Indian journal of veterinary science and animal husbandry - Volume 8,
Year: 1938
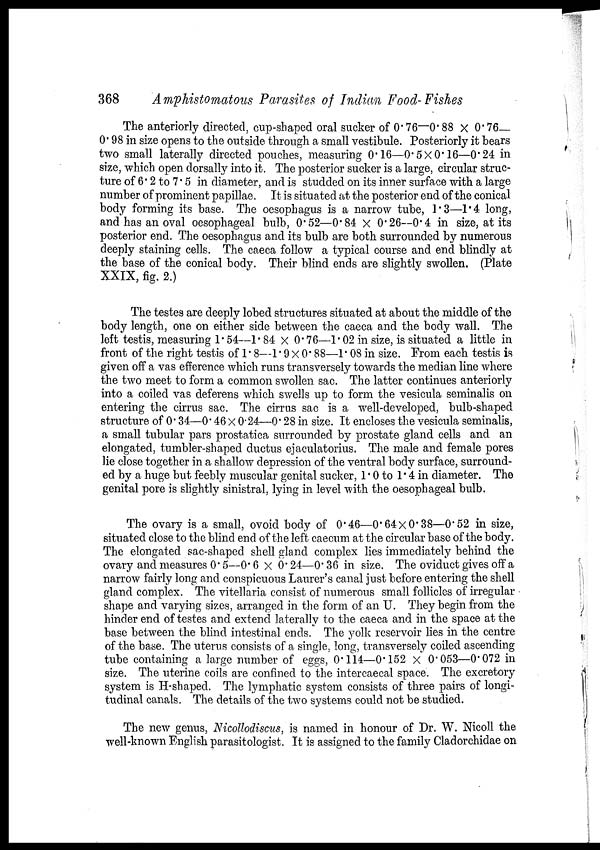
368
Amphistomatous Parasites of Indian Food-Fishes
The anteriorly directed, cup-shaped oral sucker of 0.76—0.88 × 0.76—
0.98 in size opens to the outside through a small vestibule. Posteriorly it bears
two small laterally directed pouches, measuring 0.16—0.5×0.16—0.24 in
size, which open dorsally into it. The posterior sucker is a large, circular struc-
ture of 6.2 to 7.5 in diameter, and is studded on its inner surface with a large
number of prominent papillae. It is situated at the posterior end of the conical
body forming its base. The oesophagus is a narrow tube, 1.3—1.4 long,
and has an oval oesophageal bulb, 0.52—0.84 × 0.26—0.4 in size, at its
posterior end. The oesophagus and its bulb are both surrounded by numerous
deeply staining cells. The caeca follow a typical course and end blindly at
the base of the conical body. Their blind ends are slightly swollen. (Plate
XXIX, fig. 2.)
The testes are deeply lobed structures situated at about the middle of the
body length, one on either side between the caeca and the body wall. The
left testis, measuring 1. 54—1.84 × 0.76—1.02 in size, is situated a little in
front of the right testis of 1.8—1.9 × 0.88—1.08 in size. From each testis is
given off a vas efference which runs transversely towards the median line where
the two meet to form a common swollen sac. The latter continues anteriorly
into a coiled vas deferens which swells up to form the vesicula seminalis on
entering the cirrus sac. The cirrus sac is a well-developed, bulb-shaped
structure of 0.34—0.46 × 0.24—0.28 in size. It encloses the vesicula seminalis,
a small tubular pars prostatica surrounded by prostate gland cells and an
elongated, tumbler-shaped ductus ejaculatorius. The male and female pores
lie close together in a shallow depression of the ventral body surface, surround-
ed by a huge but feebly muscular genital sucker, 1.0 to 1.4 in diameter. The
genital pore is slightly sinistral, lying in level with the oesophageal bulb.
The ovary is a small, ovoid body of 0.46—-0.64× 0.38—0.52 in size,
situated close to the blind end of the left caecum at the circular base of the body.
The elongated sac-shaped shell gland complex lies immediately behind the
ovary and measures 0.5—0.6 × 0.24—0.36 in size. The oviduct gives off a
narrow fairly long and conspicuous Laurer's canal just before entering the shell
gland complex. The vitellaria consist of numerous small follicles of irregular
shape and varying sizes, arranged in the form of an U. They begin from the
hinder end of testes and extend laterally to the caeca and in the space at the
base between the blind intestinal ends. The yolk reservoir lies in the centre
of the base. The uterus consists of a single, long, transversely coiled ascending
tube containing a large number of eggs, 0.114—0.152 × 0.053—0.072 in
size. The uterine coils are confined to the intercaecal space. The excretory
system is H-shaped. The lymphatic system consists of three pairs of longi-
tudinal canals. The details of the two systems could not be studied.
The new genus, Nicollodiscus, is named in honour of Dr. W. Nicoll the
well-known English parasitologist. It is assigned to the family Cladorchidae on